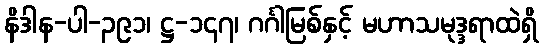
နိဒါန-ပါ-၃၉၁၊ ဋ္ဌ-၁၄၇၊ ဂင်္ဂါမြစ်နှင့် မဟာသမုဒ္ဒရာထဲရှိ